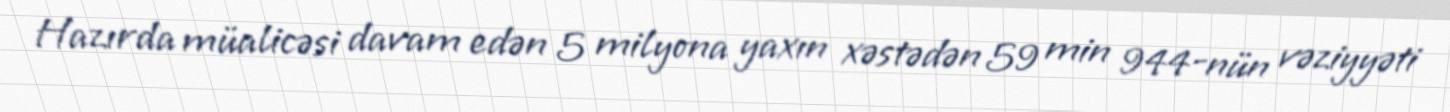
Hazırda müalicəsi davam edən 5 milyona yaxın xəstədən 59 min 944-nün vəziyyəti